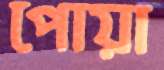
পোয়া